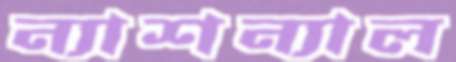
ন্যাশন্যাল